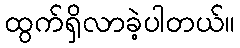
ထွက်ရှိလာခဲ့ပါတယ်။